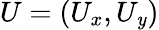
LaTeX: U=\left(U_{x},U_{\mathit{y}}\right)